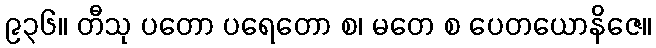
၉၃၆။ တီသု ပတော ပရေတော စ၊ မတေ စ ပေတယောနိဇေ။